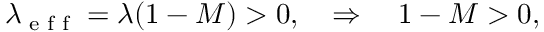
\begin{array} { r } { \lambda _ { \textrm { e f f } } = \lambda ( 1 - M ) > 0 , \quad \Rightarrow \quad 1 - M > 0 , } \end{array}